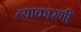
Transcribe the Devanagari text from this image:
त्याकारणी